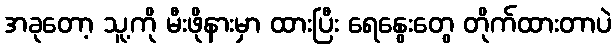
အခုတော့ သူ့ကို မီးဖိုနားမှာ ထားပြီး ရေနွေးတွေ တိုက်ထားတာပဲ